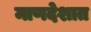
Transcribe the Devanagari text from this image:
माणदेशात